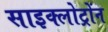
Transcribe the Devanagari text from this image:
साइक्लोट्रोंन